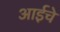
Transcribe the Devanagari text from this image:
अाईचे